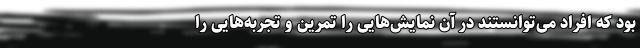
بود که افراد می‌توانستند در آن نمایش‌هایی را تمرین و تجربه‌هایی را